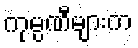
ကုမ္ပဏီများက